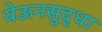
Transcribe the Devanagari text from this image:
येऊनसुद्धा